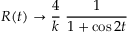
R ( t ) \rightarrow \frac { 4 } { k } \; \frac { 1 } { 1 + \cos 2 t }